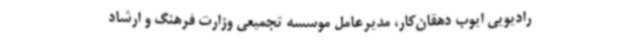
رادیویی ایوب دهقان‌کار، مدیرعامل موسسه تجمیعی وزارت فرهنگ و ارشاد